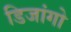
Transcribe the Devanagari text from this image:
डिजांगो